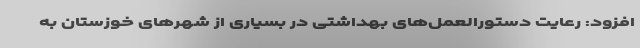
افزود: رعایت دستورالعمل‌های بهداشتی در بسیاری از شهرهای خوزستان به